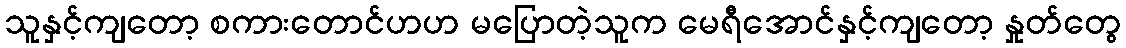
သူနှင့်ကျတော့ စကားတောင်ဟဟ မပြောတဲ့သူက မေရီအောင်နှင့်ကျတော့ နှုတ်တွေ